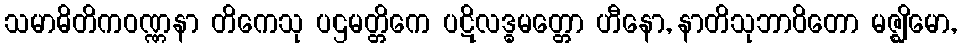
သမာဓိတိကဝဏ္ဏနာ တိကေသု ပဌမတ္တိကေ ပဋိလဒ္ဓမတ္တော ဟီနော, နာတိသုဘာဝိတော မဇ္ဈိမော,